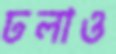
ঢলাও